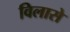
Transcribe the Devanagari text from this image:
विलासे